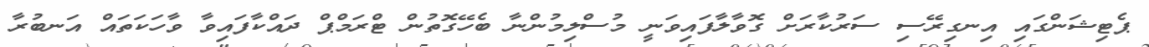
ޕެޓިޝަންގައި އިނގިރޭސި ސަރުކާރަށް ގޮވާލާފައިވަނީ މުސްލިމުންނާ ބެހޭގޮތުން ޓްރަމްޕް ދައްކާފައިވާ ވާހަކަތައް އަނބުރާ